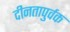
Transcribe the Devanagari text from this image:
दीनतापुर्वक